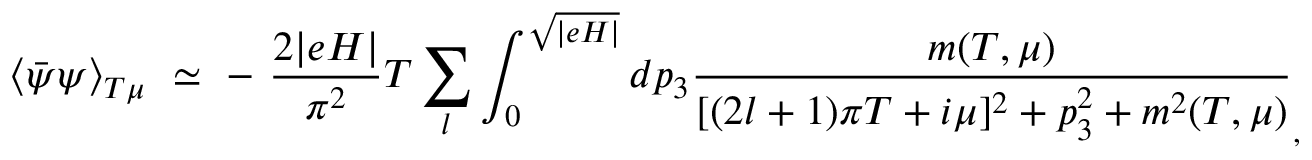
\langle \bar { \psi } \psi \rangle _ { T \mu } ~ \simeq ~ - ~ \frac { 2 \vert e H \vert } { \pi ^ { 2 } } T \sum _ { l } \int _ { 0 } ^ { \sqrt { \vert e H \vert } } d p _ { 3 } \frac { m ( T , \mu ) } { [ ( 2 l + 1 ) \pi T + i \mu ] ^ { 2 } + p _ { 3 } ^ { 2 } + m ^ { 2 } ( T , \mu ) } _ { , }